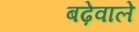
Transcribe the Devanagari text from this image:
बढ़ेवाले